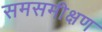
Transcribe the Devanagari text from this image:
समसमीक्षण